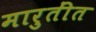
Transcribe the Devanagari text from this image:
मारुतींत